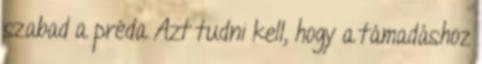
szabad a préda Azt tudni kell, hogy a támadáshoz